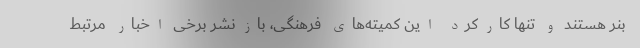
بنر هستند و تنها کارکرد این کمیته‌های فرهنگی، بازنشر برخی اخبار مرتبط